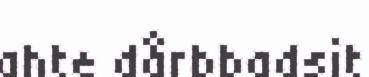
ahte dårbbadsit